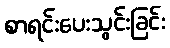
စာရင်းပေးသွင်းခြင်း